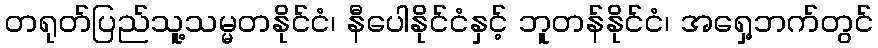
တရုတ်ပြည်သူ့သမ္မတနိုင်ငံ၊ နီပေါနိုင်ငံနှင့် ဘူတန်နိုင်ငံ၊ အရှေ့ဘက်တွင်